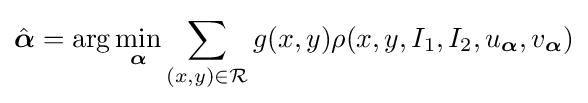
{\hat {\boldsymbol {\alpha }}}=\arg \min _{\boldsymbol {\alpha }}\sum _{(x,y)\in {\mathcal {R}}}g(x,y)\rho (x,y,I_{1},I_{2},u_{\boldsymbol {\alpha }},v_{\boldsymbol {\alpha }})